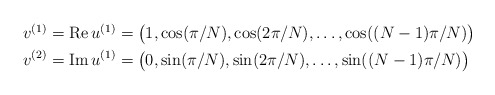
\begin{align*}\begin{aligned}v^{(1)}=\textup{Re}\,u^{(1)}&=\big(1,\cos(\pi/N),\cos(2\pi/N),\ldots,\cos((N-1)\pi/N)\big)\\v^{(2)}=\textup{Im}\,u^{(1)}&=\big(0,\sin(\pi/N),\sin(2\pi/N),\ldots,\sin((N-1)\pi/N)\big)\end{aligned}\end{align*}